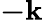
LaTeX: \mathbf{-k}